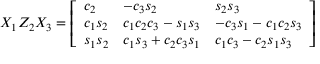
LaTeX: X _ { 1 } Z _ { 2 } X _ { 3 } = { \left[ \begin{array} { l l l } { c _ { 2 } } & { - c _ { 3 } s _ { 2 } } & { s _ { 2 } s _ { 3 } } \\ { c _ { 1 } s _ { 2 } } & { c _ { 1 } c _ { 2 } c _ { 3 } - s _ { 1 } s _ { 3 } } & { - c _ { 3 } s _ { 1 } - c _ { 1 } c _ { 2 } s _ { 3 } } \\ { s _ { 1 } s _ { 2 } } & { c _ { 1 } s _ { 3 } + c _ { 2 } c _ { 3 } s _ { 1 } } & { c _ { 1 } c _ { 3 } - c _ { 2 } s _ { 1 } s _ { 3 } } \end{array} \right] }